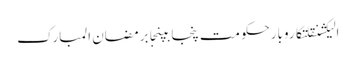
الیکشنقلتکاروبارحکومت پنجابپنجابرمضان المبارک